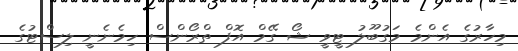
މިހާރުގެ އެންމެ މަގުބޫލު ޓީވީ ޝޯ ގޭމް އޮފް ތްރޯންސް ހިމެނެނީ ލިސްޓުގެ